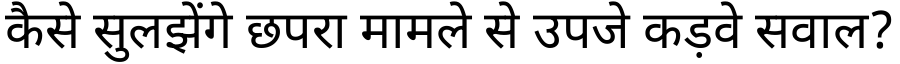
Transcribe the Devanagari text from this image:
कैसे सुलझेंगे छपरा मामले से उपजे कड़वे सवाल?